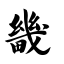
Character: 畿